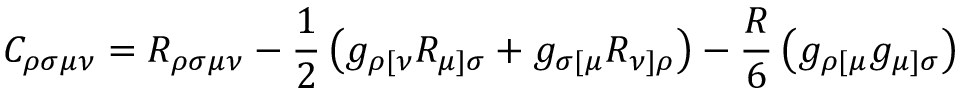
C _ { \rho \sigma \mu \nu } = R _ { \rho \sigma \mu \nu } - \frac { 1 } { 2 } \left( g _ { \rho [ \nu } R _ { \mu ] \sigma } + g _ { \sigma [ \mu } R _ { \nu ] \rho } \right) - \frac { R } { 6 } \left( g _ { \rho [ \mu } g _ { \mu ] \sigma } \right)